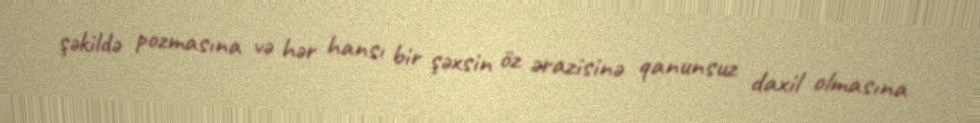
şəkildə pozmasına və hər hansı bir şəxsin öz ərazisinə qanunsuz daxil olmasına